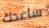
ساعدك